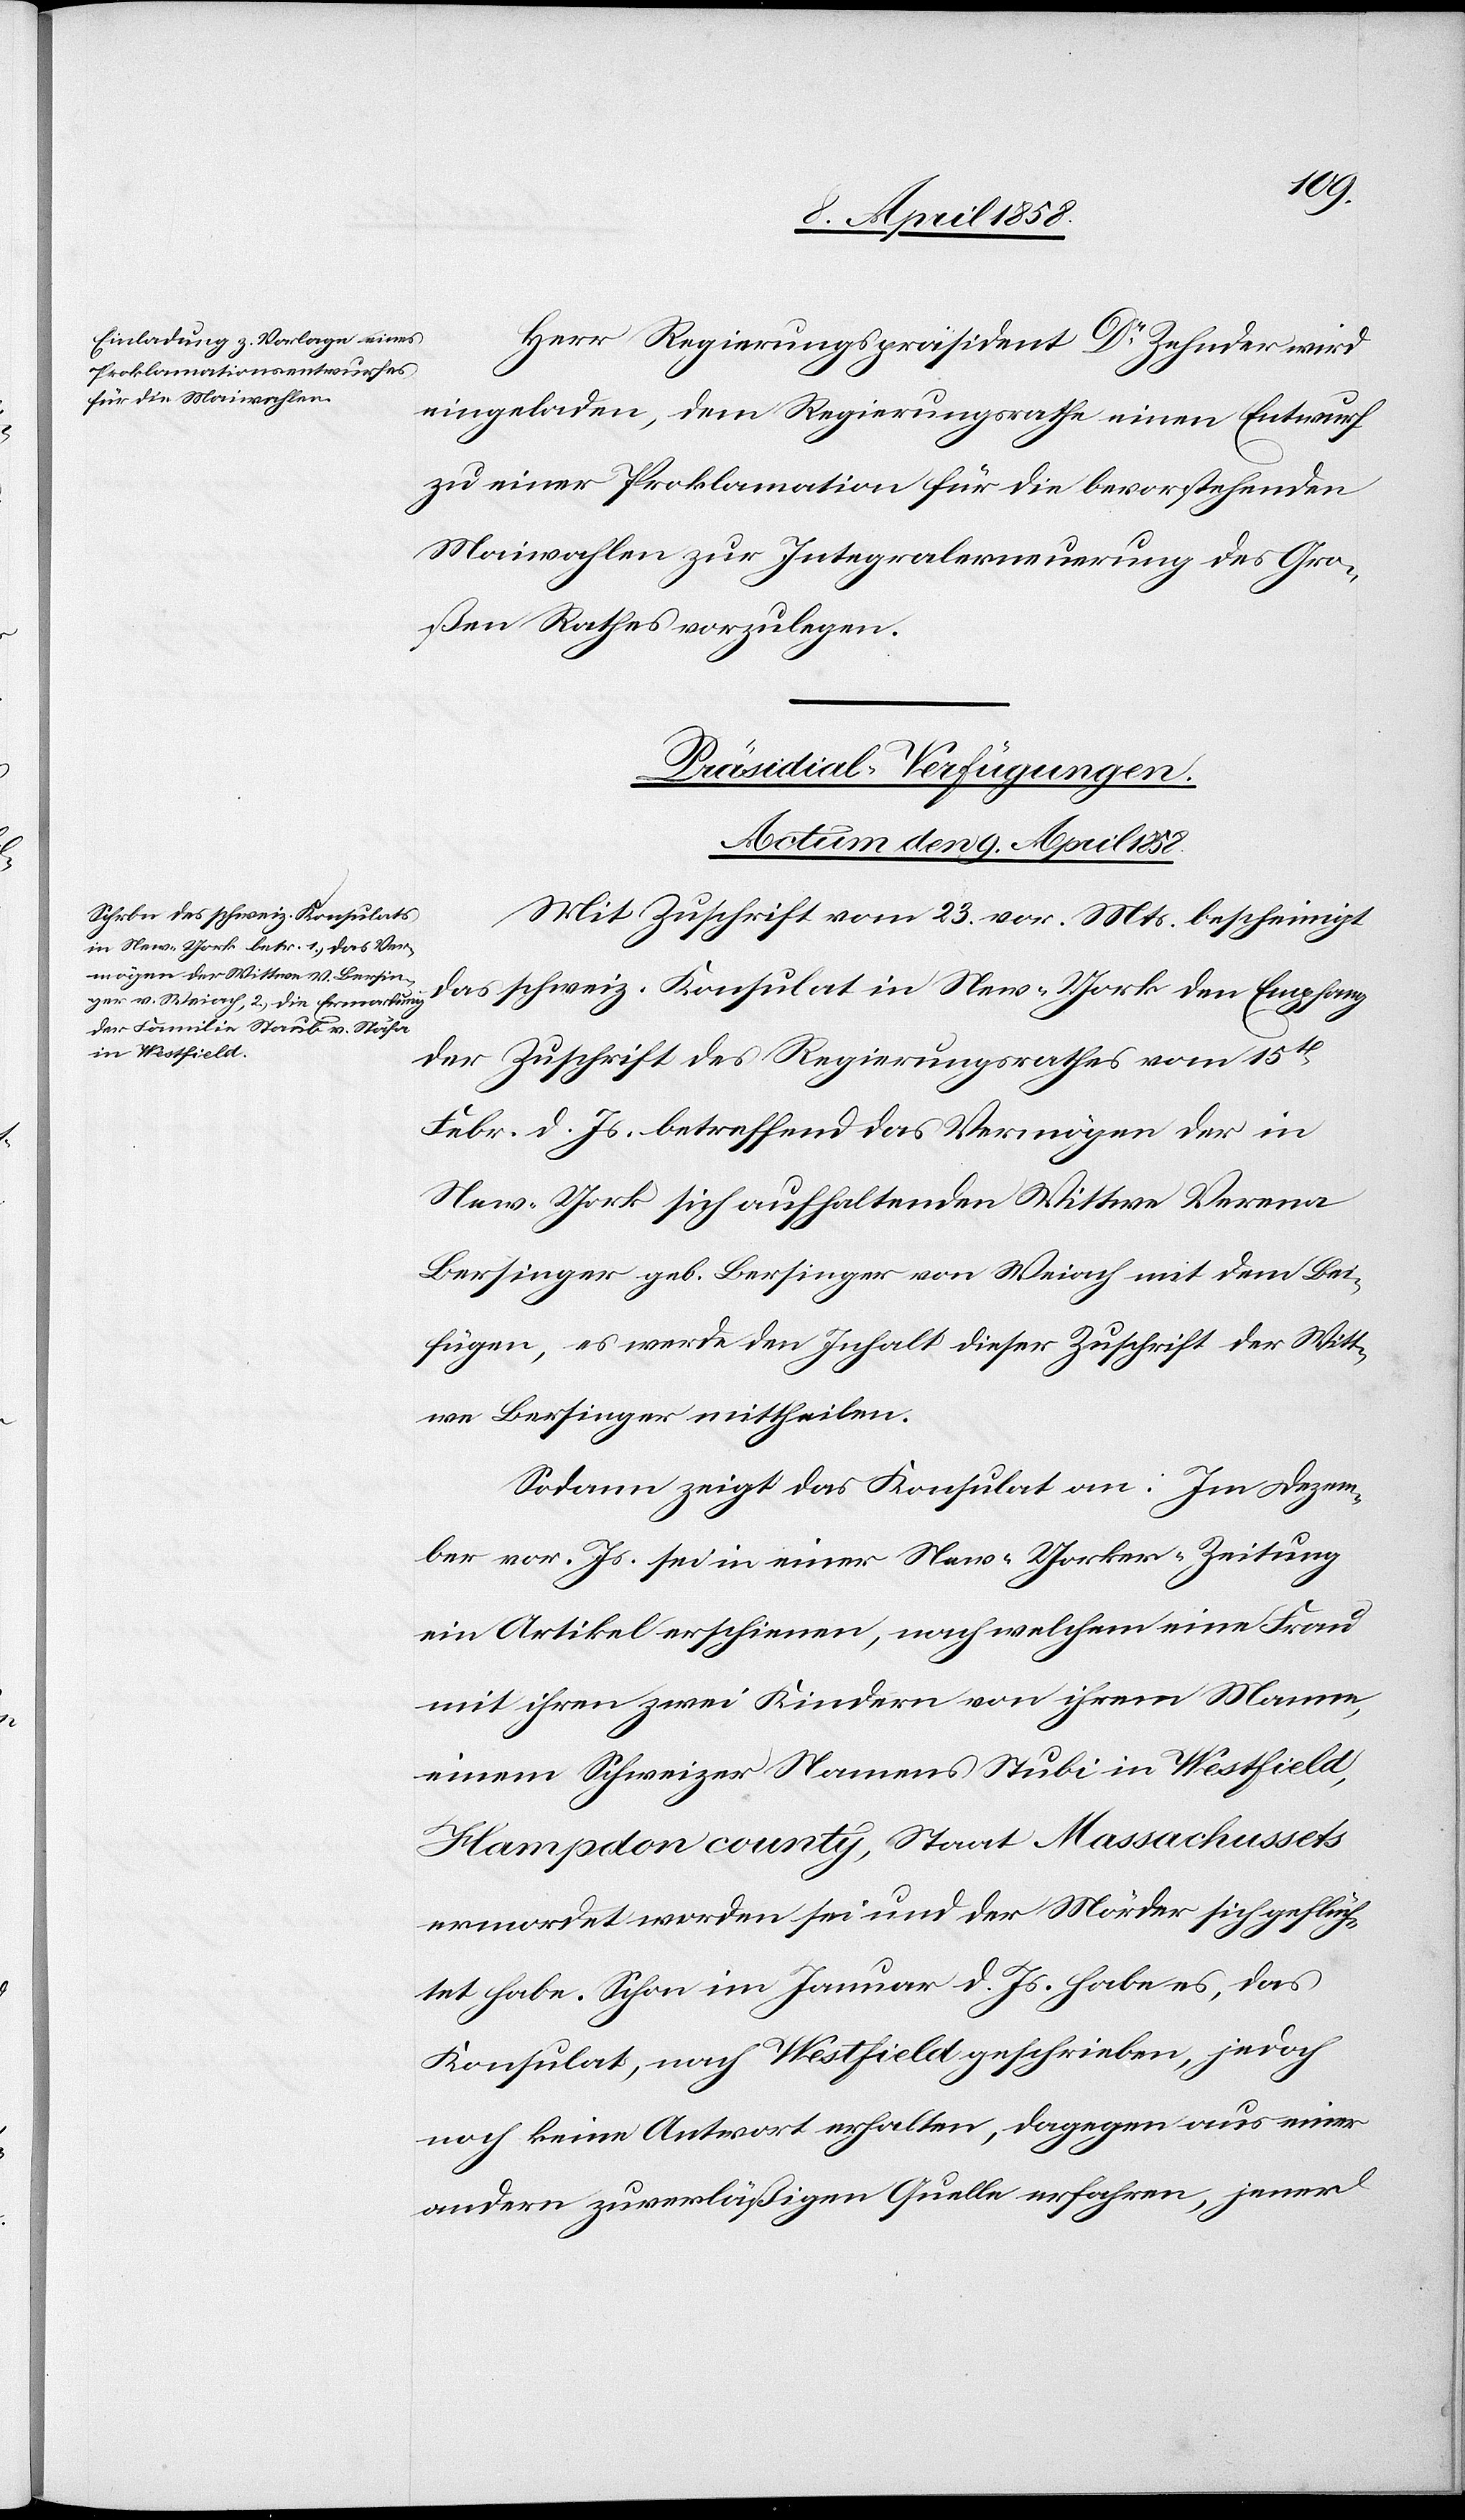
Herr Regierungspräsident Dr Zehnder wird
eingeladen, dem Regierungsrathe einen Entwurf
zu einer Proklamation für die bevorstehenden
Maiwahlen zur Integralerneuerung des Gro¬
ßen Rathes vorzulegen.
Präsidial-Verfügungen.
Actum den 9. April 1858.
Mit Zuschrift vom 23. vor. Mts. bescheinigt
das schweiz. Konsulat in New-York den Empfang
der Zuschrift des Regierungsrathes vom 15t[en]
Febr. d. Js. betreffend das Vermögen der in
New-York sich aufhaltenden Wittwe Verena
Bersinger geb. Bersinger von Weiach mit dem Bei¬
fügen, es werde den Inhalt dieser Zuschrift der Witt¬
we Bersinger mittheilen.
Sodann zeigt das Konsulat an: Im Dezem¬
ber vor. Js, sei in einer New-Yorker-Zeitung
ein Artikel erschienen, nach welchem eine Frau
mit ihren zwei Kindern von ihrem Manne,
einem Schweizer Namens Stubi in Westfield,
Hampdon county, Staat Massachussets
ermordet worden sei und der Mörder sich geflüch¬
tet habe. Schon im Januar d. Js. habe es, das
Konsulat, nach Westfield geschrieben, jedoch
noch keine Antwort erhalten, dagegen aus einer
andern zuverläßigen Quelle erfahren, jener